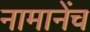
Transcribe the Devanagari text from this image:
नामानेंच